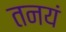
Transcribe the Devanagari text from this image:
तनयं